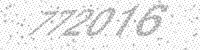
Solution: 772016